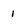
Character: 1